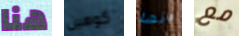
هنا كوهين انها مع